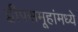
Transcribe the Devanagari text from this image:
द्वीपसमूहांमध्ये